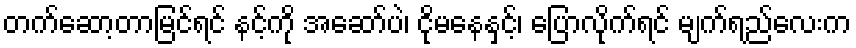
တက်ဆော့တာမြင်ရင် နင့်ကို အဆော်ပဲ၊ ငိုမနေနှင့်၊ ပြောလိုက်ရင် မျက်ရည်လေးက